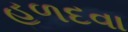
હળદવા